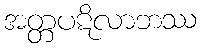
အတ္တပဋိလာဘဿ